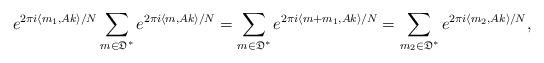
LaTeX: \begin{align*} e^{2 \pi i \langle{m_1, Ak}\rangle/N} \sum_{m \in \mathfrak{D}^*} e^{2 \pi i \langle{m, Ak}\rangle/N} &=\sum_{m \in \mathfrak{D}^*} e^{2 \pi i \langle{m + m_1, Ak}\rangle/N} =\sum_{m_2 \in \mathfrak{D}^*} e^{2 \pi i \langle{m_2, Ak}\rangle/N}, \end{align*}